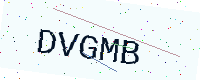
Text: DVGMB